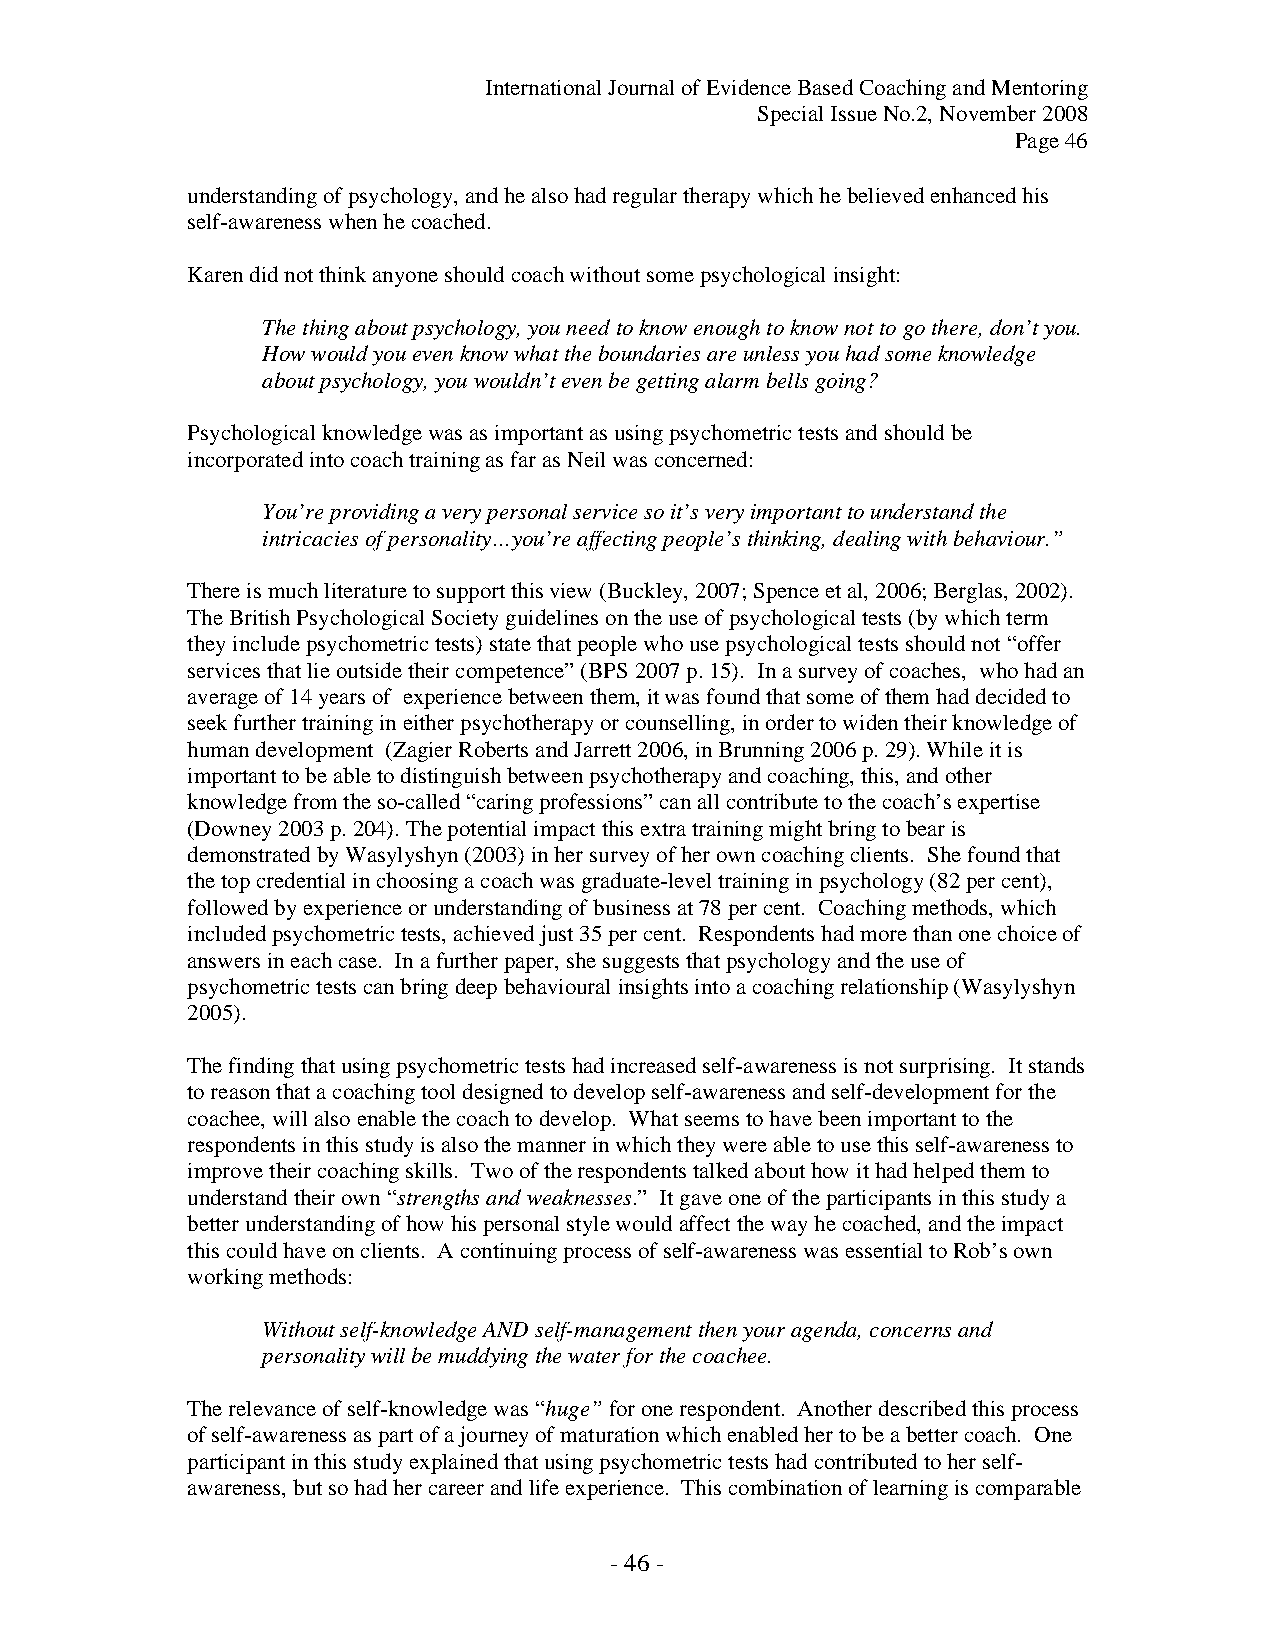
International Journal of Evidence Based Coaching and Mentoring
 Special Issue No.2, November 2008
 Page 46
 understanding of psychology, and he also had regular therapy which he believed enhanced his
 self-awareness when he coached.
 Karen did not think anyone should coach without some psychological insight:
 The thing about psychology, you need to know enough to know not to go there, don’t you.
 How would you even know what the boundaries are unless you had some knowledge
 about psychology, you wouldn’t even be getting alarm bells going?
 Psychological knowledge was as important as using psychometric tests and should be
 incorporated into coach training as far as Neil was concerned:
 You’re providing a very personal service so it’s very important to understand the
 intricacies of personality…you’re affecting people’s thinking, dealing with behaviour.”
 There is much literature to support this view (Buckley, 2007; Spence et al, 2006; Berglas, 2002).
 The British Psychological Society guidelines on the use of psychological tests (by which term
 they include psychometric tests) state that people who use psychological tests should not “offer
 services that lie outside their competence” (BPS 2007 p. 15). In a survey of coaches, who had an
 average of 14 years of experience between them, it was found that some of them had decided to
 seek further training in either psychotherapy or counselling, in order to widen their knowledge of
 human development (Zagier Roberts and Jarrett 2006, in Brunning 2006 p. 29). While it is
 important to be able to distinguish between psychotherapy and coaching, this, and other
 knowledge from the so-called “caring professions” can all contribute to the coach’s expertise
 (Downey 2003 p. 204). The potential impact this extra training might bring to bear is
 demonstrated by Wasylyshyn (2003) in her survey of her own coaching clients. She found that
 the top credential in choosing a coach was graduate-level training in psychology (82 per cent),
 followed by experience or understanding of business at 78 per cent. Coaching methods, which
 included psychometric tests, achieved just 35 per cent. Respondents had more than one choice of
 answers in each case. In a further paper, she suggests that psychology and the use of
 psychometric tests can bring deep behavioural insights into a coaching relationship (Wasylyshyn
 2005).
 The finding that using psychometric tests had increased self-awareness is not surprising. It stands
 to reason that a coaching tool designed to develop self-awareness and self-development for the
 coachee, will also enable the coach to develop. What seems to have been important to the
 respondents in this study is also the manner in which they were able to use this self-awareness to
 improve their coaching skills. Two of the respondents talked about how it had helped them to
 understand their own “strengths and weaknesses.” It gave one of the participants in this study a
 better understanding of how his personal style would affect the way he coached, and the impact
 this could have on clients. A continuing process of self-awareness was essential to Rob’s own
 working methods:
 Without self-knowledge AND self-management then your agenda, concerns and
 personality will be muddying the water for the coachee.
 The relevance of self-knowledge was “huge” for one respondent. Another described this process
 of self-awareness as part of a journey of maturation which enabled her to be a better coach. One
 participant in this study explained that using psychometric tests had contributed to her self-
 awareness, but so had her career and life experience. This combination of learning is comparable
 - 46 -